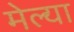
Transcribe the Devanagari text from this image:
मेल्‍या